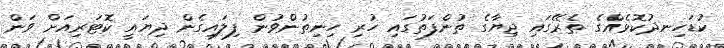
ކުޑަހިނދުކޮޅެއްގެ ތެރޭގައި ޖިޔާގެ ތުންފަތުގައި ހުރި ހިނިތުންވުން ފިލައިގެން ދިޔައީ ކޮޓަރިއަށް ވަން